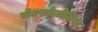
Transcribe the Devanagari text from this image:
सेक्सोलोजिस्ट